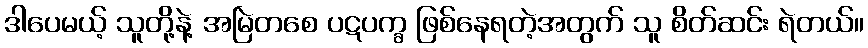
ဒါပေမယ့် သူတို့နဲ့ အမြဲတစေ ပဋပက္ခ ဖြစ်နေရတဲ့အတွက် သူ စိတ်ဆင်း ရဲတယ်။